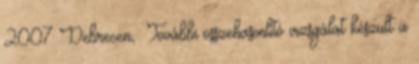
2007 Debrecen, További összehasonlító vizsgálat készült a